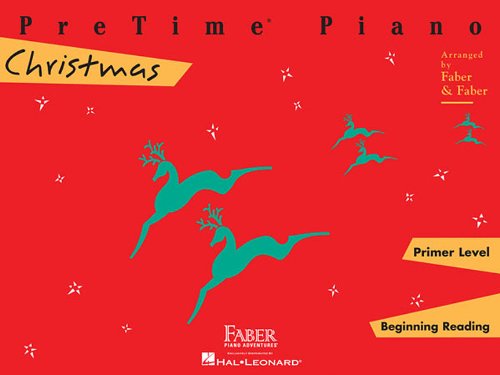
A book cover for Pretime Piano Christmas,
Primer Level: Beginnning Reading (Faber Piano Adventures); Nancy Faber; Humor & Entertainment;